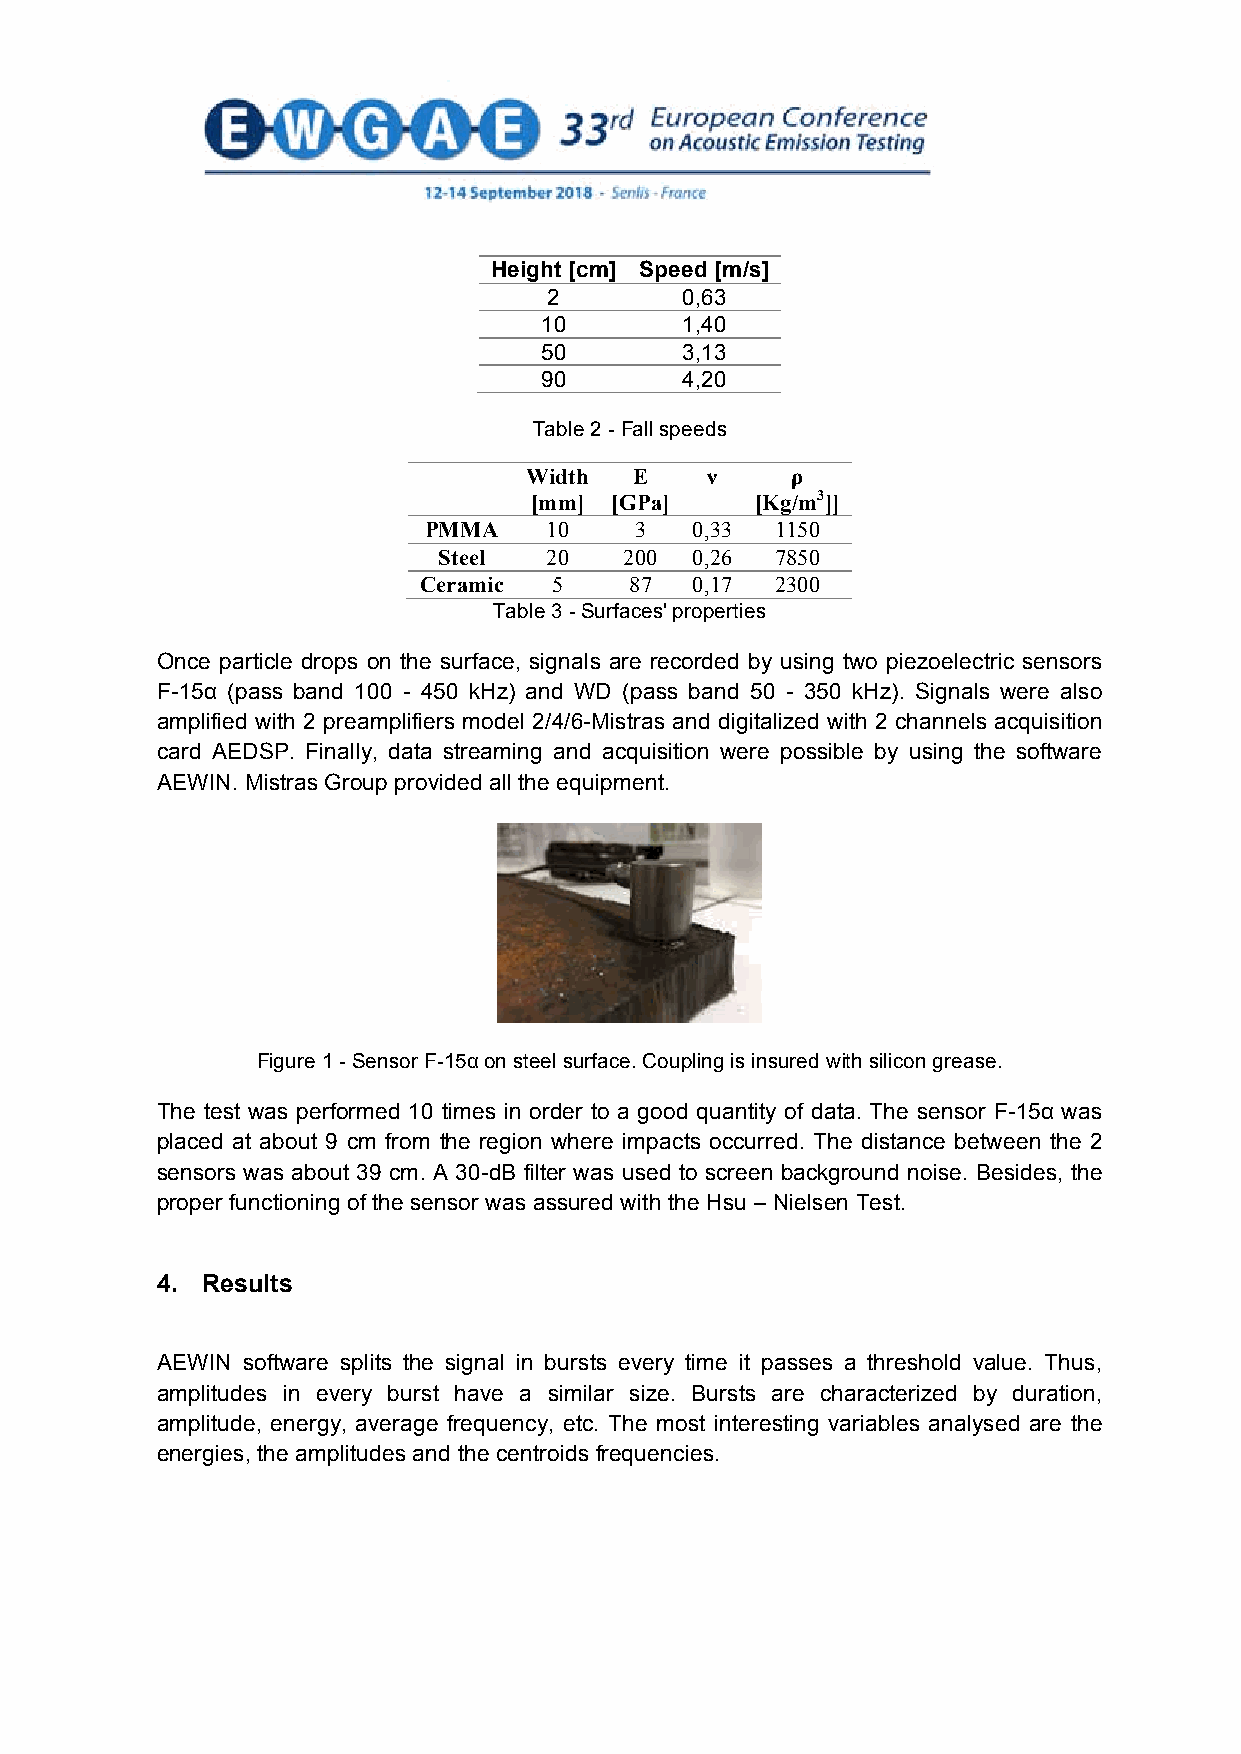
Height [cm] Speed [m/s]
 2        0,63
 10       1,40
 50       3,13
 90       4,20
 Table 2 - Fall speeds
 Width  E    ν    ρ
 [mm] [GPa]     [Kg/m3]]
 PMMA    10    3   0,33 1150
 Steel  20   200  0,26 7850
 Ceramic  5    87  0,17 2300
 Table 3 - Surfaces' properties
 Once particle drops on the surface, signals are recorded by using two piezoelectric sensors
 F-15α (pass band 100 - 450 kHz) and WD (pass band 50 - 350 kHz). Signals were also
 amplified with 2 preamplifiers model 2/4/6-Mistras and digitalized with 2 channels acquisition
 card AEDSP. Finally, data streaming and acquisition were possible by using the software
 AEWIN. Mistras Group provided all the equipment.
 Figure 1 - Sensor F-15α on steel surface. Coupling is insured with silicon grease.
 The test was performed 10 times in order to a good quantity of data. The sensor F-15α was
 placed at about 9 cm from the region where impacts occurred. The distance between the 2
 sensors was about 39 cm. A 30-dB filter was used to screen background noise. Besides, the
 proper functioning of the sensor was assured with the Hsu – Nielsen Test.
 4. Results
 AEWIN software splits the signal in bursts every time it passes a threshold value. Thus,
 amplitudes in every burst have a similar size. Bursts are characterized by duration,
 amplitude, energy, average frequency, etc. The most interesting variables analysed are the
 energies, the amplitudes and the centroids frequencies.
 4